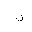
Letter: _non